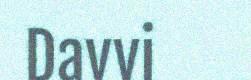
Davvi